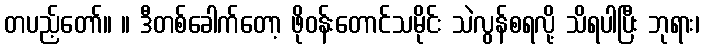
တပည့်တော်။ ။ ဒီတစ်ခေါက်တော့ ဖိုဝန်းတောင်သမိုင်း သဲလွန်စရလို့ သိရပါပြီး ဘုရား၊